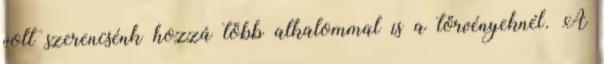
volt szerencsénk hozzá több alkalommal is a törvényeknél. A